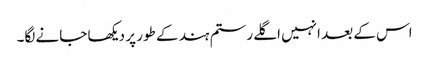
اس کے بعد انہیں اگلے رستم ہند کے طور پر دیکھا جانے لگا۔